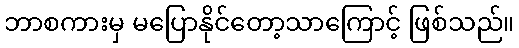
ဘာစကားမှ မပြောနိုင်တော့သာကြောင့် ဖြစ်သည်။